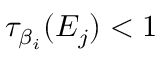
\tau _ { \beta _ { i } } ( E _ { j } ) < 1